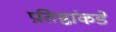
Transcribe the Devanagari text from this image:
प्रतिष्ठांकडे